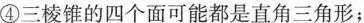
④三棱锥的四个面可能都是直角三角形；